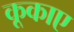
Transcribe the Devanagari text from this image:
कूकाए